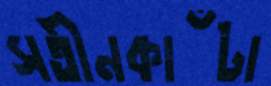
সতীনকাঁটা